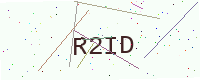
Text: R2ID